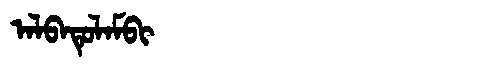
Manchu: ᠠᠯᠪᠠᡨᡠᠯᠠᠮᠪᡳ
Romanization: ALBATULAMBI